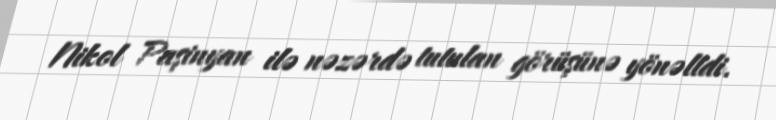
Nikol Paşinyan ilə nəzərdə tutulan görüşünə yönəltdi.